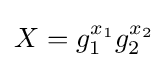
X=g_{1}^{x_{1}}g_{2}^{x_{2}}